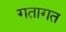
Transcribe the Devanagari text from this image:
गतागत